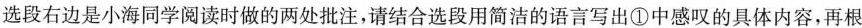
选段右边是小海同学阅读时做的两处批注，请结合选段用简洁的语言写出①中感叹的具体内容，再根